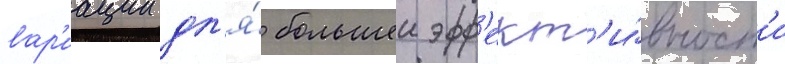
вар'иации дл'я́ большеи эфф'ект'и́вност'и